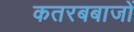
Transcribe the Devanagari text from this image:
कतरबबाजों